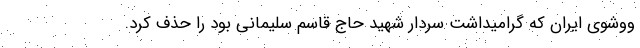
ووشوی ایران که گرامیداشت سردار شهید حاج قاسم سلیمانی بود را حذف کرد.